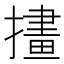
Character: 㩇